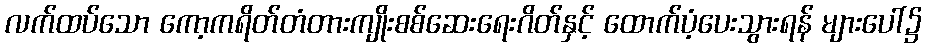
လက်ထပ်သော ကော့ကရိတ်တံတားကျိုးစစ်ဆေးရေးဂိတ်နှင့် ထောက်ပံ့ပေးသွားရန် များပေါ်၌